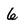
Character: 6